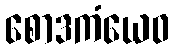
စောဒကံယေဝ